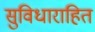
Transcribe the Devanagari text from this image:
सुविधाराहित